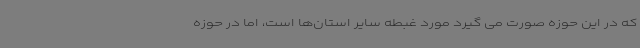
که در این حوزه صورت می گیرد مورد غبطه سایر استان‌ها است، اما در حوزه